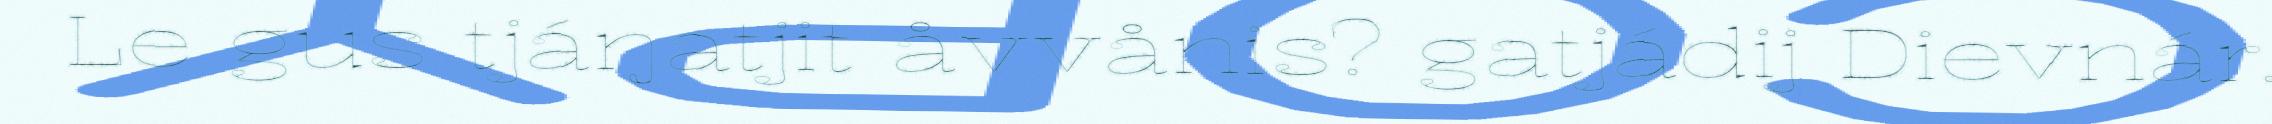
Le gus tjáŋatjit åvvånis? gatjádij Dievnár.